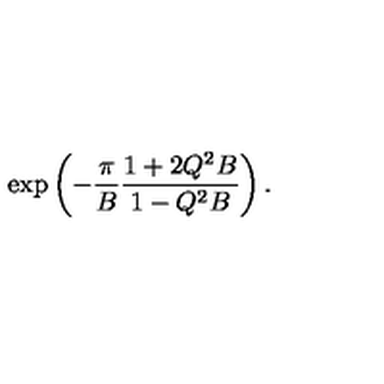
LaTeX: \exp \left( - \frac { \pi } { B } \frac { 1 + 2 Q ^ { 2 } B } { 1 - Q ^ { 2 } B } \right) .